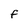
Character: F